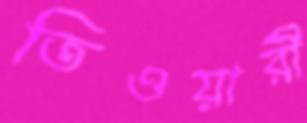
তিওয়ারী